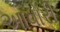
આવોરી